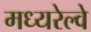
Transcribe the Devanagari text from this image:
मध्यरेल्वे